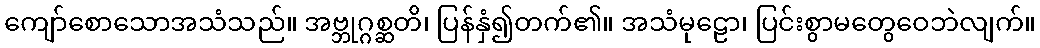
ကျော်စောသောအသံသည်။ အဗ္ဘုဂ္ဂစ္ဆတိ၊ ပြန်နှံ၍တက်၏။ အသံမုဠော၊ ပြင်းစွာမတွေဝေဘဲလျက်။